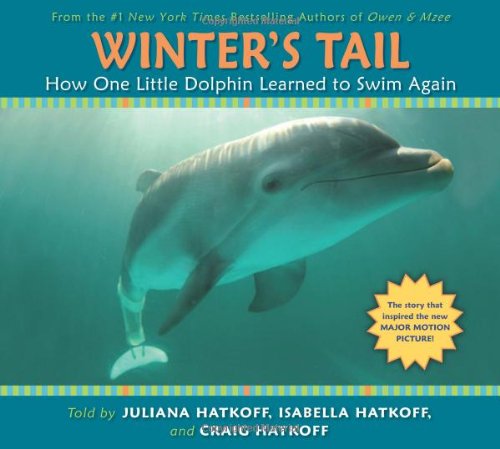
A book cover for Winter's Tail: How One Little Dolphin Learned to Swim Again; Craig Hatkoff; Children's Books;